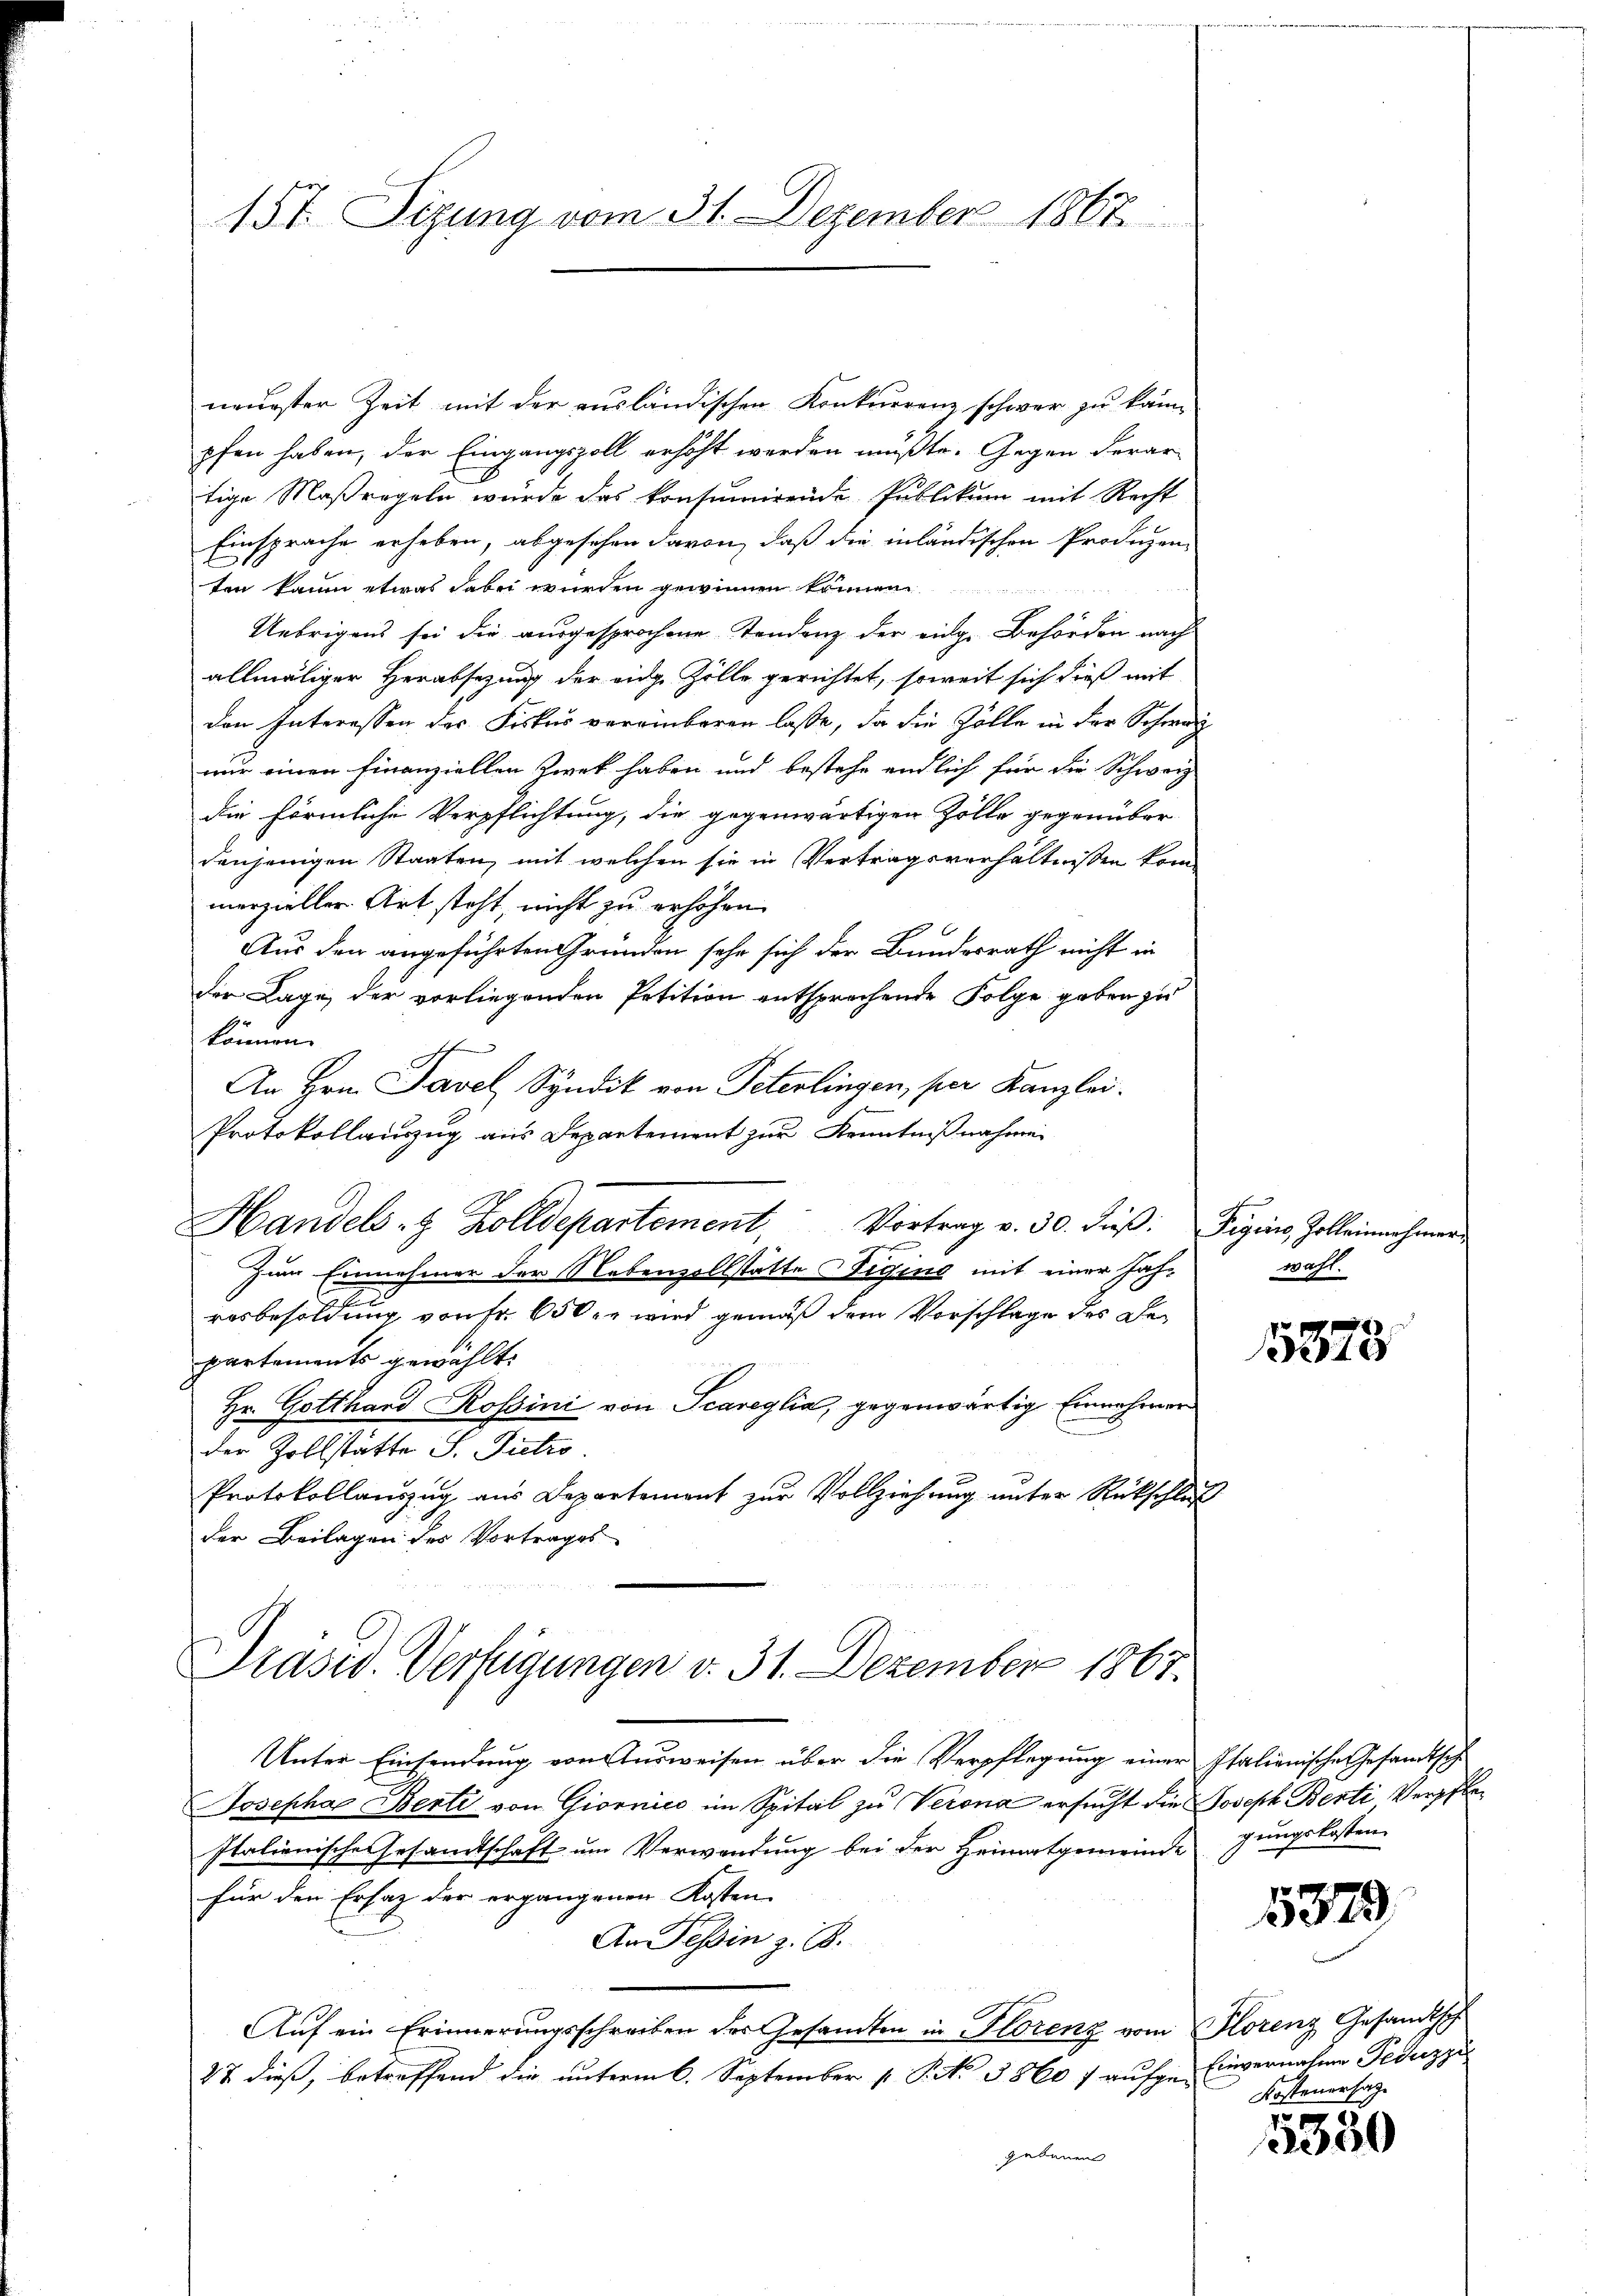
15t Sizung vom 31. Dezember 1867

neuester Zeit mit der ausländischen Konkurrenz schwer zu kann
pfen haben, der Eingangszoll erhöht werden müßte. Gegen derar
tige Maßregeln wurde das konsumirende Publikum mit Recht
Einsprache erheben, abgesehen davon, daß die inländischen Produzen-
ten kaum etwas dabei wurden gewinnen können
Uebrigens sei die ausgesprochene Tendenz der eige Behörden nach
allmäliger Herabsetzung der eidge Zolle gerichtet, soweit sich dieß mit
den Interessen des Fiskus vereinbaren lasse, da die Zölle in der Schwarz
nur einen finanziellen Zweck haben und bestehe endlich für die Schwarz
die förmliche Verpflichtung, die gegenwärtigen Zolle gegenüber
denjenigen Staaten, mit welchen sie in Vertragsverhältnissen kom
merzieller Art steht, nicht zu erhöhen.
Aus den angeführten Gründen sehe sich der Bundesrath nicht in
der Lage, der vorliegenden Petition entsprechende Folge geben zu
können.
An Hrn. Tavel Syndik von Peterlingen, per Kanzlei.
Protokollauszug aus Departement zur Kenntnißnahmen
Handels- & Zolldepartement, Vortrag v. 30. dieβ: Pigions Zolleinnahmen
zum Einnehmer der Nebenzollstätte Figing mit einer Jahresbesoldung von Fr. 650 er wird gemäß dem Vorschlage des Bepartements gewählt:
Hr. Gotthard Rossini von Scareglia, gegenwärtig Einnahmen
der Zollstätte S. Pietro
Protokollauszug aus Departement zur Vollziehung unter Rückschle
der Beilagen des Vortrages
Präsid. Verfügungen v. 31. Dezember 1867.
Unter Einsendung von Ausweisen über die Verpflegung einer Italienische Gesandtsch
Josepha Benti von Giornico im Spital zu Verona ersucht die Joseph Berti Verpfle¬
Italienische Gesamtschaft um Verwendung bei der Heimatgemeinde jungskosten
für den Ersatz der ergangenen Kosten
An Tessin z. B.
Auf ein Erinnerungsschreiben des Gesandten in Florenz vom Florenz Gesandtsch
27 dieß, betreffend die unterm 6. September [ P. No. 3560 f aufge Einvernahme Feduzzi
gebauen

wahl.

5375

5379

Kostenersage

5350